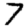
Digit: 7